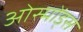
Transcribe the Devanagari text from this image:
ओस्मोंड्स